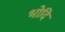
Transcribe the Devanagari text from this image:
भोदि